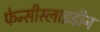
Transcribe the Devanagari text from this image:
फेन्सीस्लाइडीन